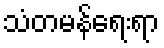
သံတမန်ရေးရာ